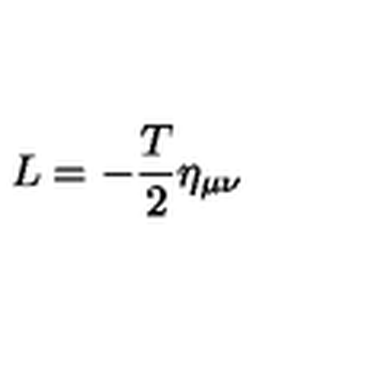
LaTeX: L = - \frac T 2 \eta _ { \mu \nu }